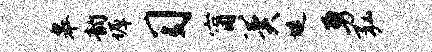
皋韵墀习甯冀堤勇弘